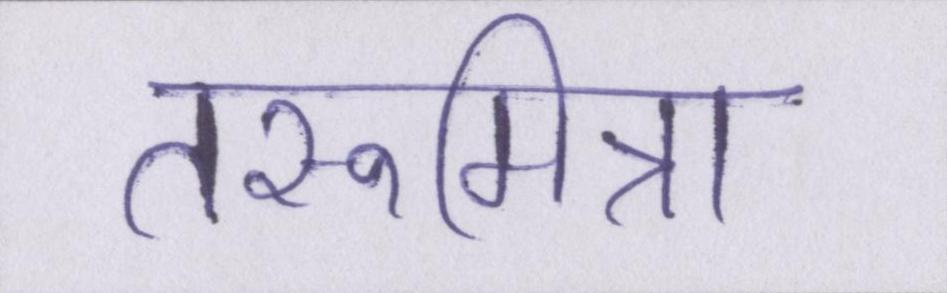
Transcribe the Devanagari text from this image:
तरूमित्रा